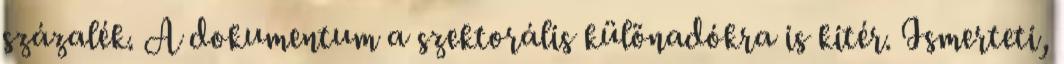
százalék. A dokumentum a szektorális különadókra is kitér. Ismerteti,